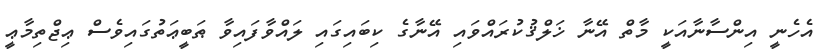
އެހެނީ އިންސާނާއަކީ މާތް އޭނާ ޚަލްޤުކުރައްވައި އޭނާގެ ކިބައިގައި ލައްވާފައިވާ ޠަބީޢަތުގައިވެސް ޢިޖްތިމާޢީ